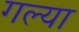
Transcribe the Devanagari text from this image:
गल्या